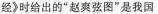
经》时给出的“赵爽弦图”是我国